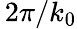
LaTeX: \, 2\pi/k_{0}